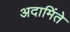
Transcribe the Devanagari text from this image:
अदामिंते